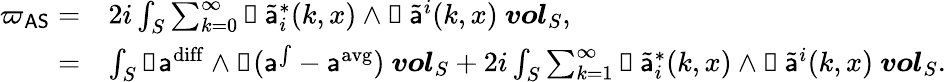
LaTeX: \begin{array}{rl}{{\varpi_{\mathsf{AS}}}=}&{{2i}\int_{S}\sum_{k=0}^{\infty}\mathbb{d}\, \widetilde{{\mathsf{a}}}_{i}^{*}(k,x)\wedge\mathbb{d}\, \widetilde{{\mathsf{a}}}^{i}(k,x)\ {\boldsymbol{vol}}_{S},}\\ {=}&{\int_{S}\mathbb{d}{\mathsf{a}}^{\mathrm{diff}}\wedge\mathbb{d}({\mathsf{a}}^{\int}-{\mathsf{a}}^{\mathrm{avg}})\ {\boldsymbol{vol}}_{S}+{2i}\int_{S}\sum_{k=1}^{\infty}\mathbb{d}\, \widetilde{{\mathsf{a}}}_{i}^{*}(k,x)\wedge\mathbb{d}\, \widetilde{{\mathsf{a}}}^{i}(k,x)\ {\boldsymbol{vol}}_{S}.}\end{array}